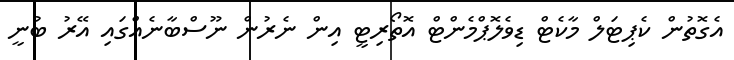
އެގޮތުން ކެޕިޓަލް މާކެޓް ޑިވެލޮޕްމެންޓް އޮތޯރިޓީ އިން ނެރުން ނޫސްބާނެއްގައި އޭރު ބުނީ